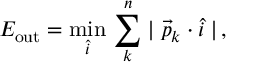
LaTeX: E _ { \mathrm { o u t } } = \operatorname * { m i n } _ { \hat { i } } \, \sum _ { k } ^ { n } \mid \vec { p } _ { k } \cdot { \hat { i } } \mid \, ,